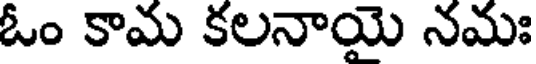
ఓం కామ కలనాయై నమః